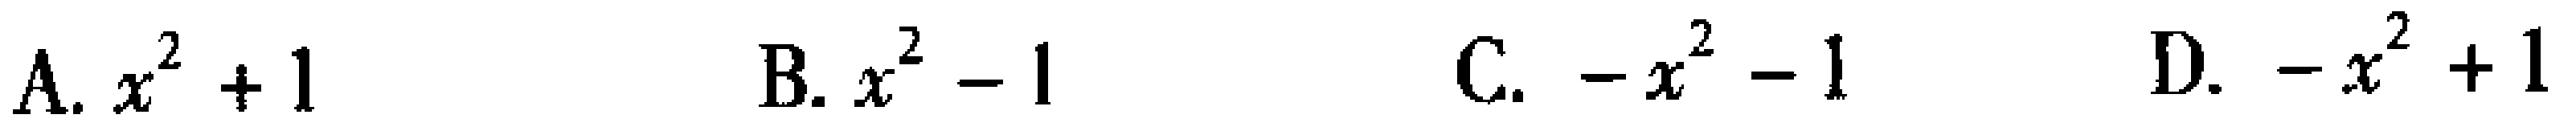
A. \(x^{2}+1\)  B. \(x^{2}-1\)  C. \(-x^{2}-1\)  D. \(-x^{2}+1\)